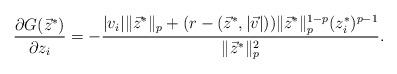
LaTeX: \begin{align*}\frac{\partial G(\vec z^*)}{\partial z_i} = - \frac{|v_i|\|\vec z^*\|_p+(r -(\vec z^*,|\vec v|))\|\vec z^*\|_p^{1-p}(z_i^*)^{p-1}}{\|\vec z^*\|_p^2}. \end{align*}